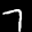
Label: 7